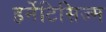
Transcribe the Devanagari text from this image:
हर्मेटिसिज्म